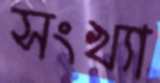
সংখ্যা